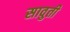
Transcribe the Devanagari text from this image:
सावुती